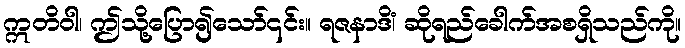
ဣတိဝါ၊ ဤသို့ပြော၍သော်၎င်း။ ရဇနာဒိံ၊ ဆိုရည်ခေါက်အစရှိသည်ကို။